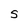
Character: S